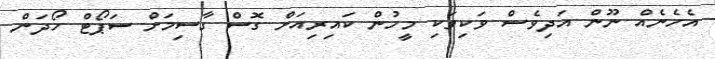
އެހެނެއް ނޫން އަދިވެސް ވަކިވަކި މީހުން ކައިރިއަށް ގޮސް ގާސިމަށް ސަޕޯޓް ހޯދަން